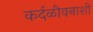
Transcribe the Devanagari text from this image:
कर्दळीवनाशी